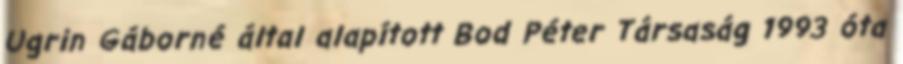
Ugrin Gáborné által alapított Bod Péter Társaság 1993 óta